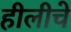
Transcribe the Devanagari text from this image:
हीलीचे